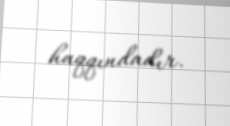
haqqındadır.